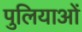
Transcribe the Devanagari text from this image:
पुलियाओं